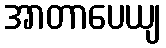
အာတာပေယျ